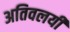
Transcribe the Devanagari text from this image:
अतिवलयी